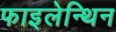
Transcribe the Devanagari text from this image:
फाइलेन्थिन